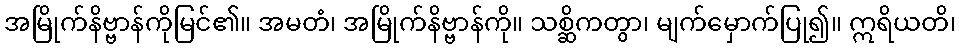
အမြိုက်နိဗ္ဗာန်ကိုမြင်၏။ အမတံ၊ အမြိုက်နိဗ္ဗာန်ကို။ သစ္ဆိကတွာ၊ မျက်မှောက်ပြု၍။ ဣရိယတိ၊